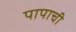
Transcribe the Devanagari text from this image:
पापाची